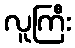
လူကြီး